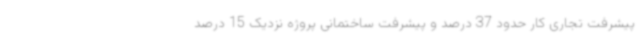
پیشرفت تجاری کار حدود 37 درصد و پیشرفت ساختمانی پروژه نزدیک 15 درصد